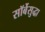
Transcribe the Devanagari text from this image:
सॉर्बेसुद्धा